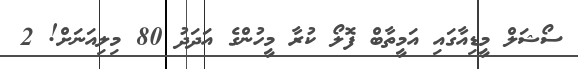
ސޯޝަލް މީޑިއާގައި އަމީތާބް ފޮލޯ ކުރާ މީހުންގެ އަދަދު 80 މިލިއަނަށް! 2